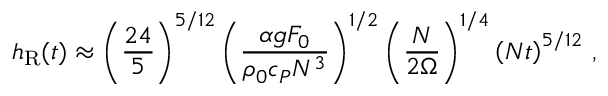
h _ { \mathrm { R } } ( t ) \approx \left( \frac { 2 4 } { 5 } \right) ^ { 5 / 1 2 } \left( \frac { \alpha g F _ { 0 } } { \rho _ { 0 } c _ { P } N ^ { 3 } } \right) ^ { 1 / 2 } \left( \frac { N } { 2 \Omega } \right) ^ { 1 / 4 } \left( N t \right) ^ { 5 / 1 2 } \, ,